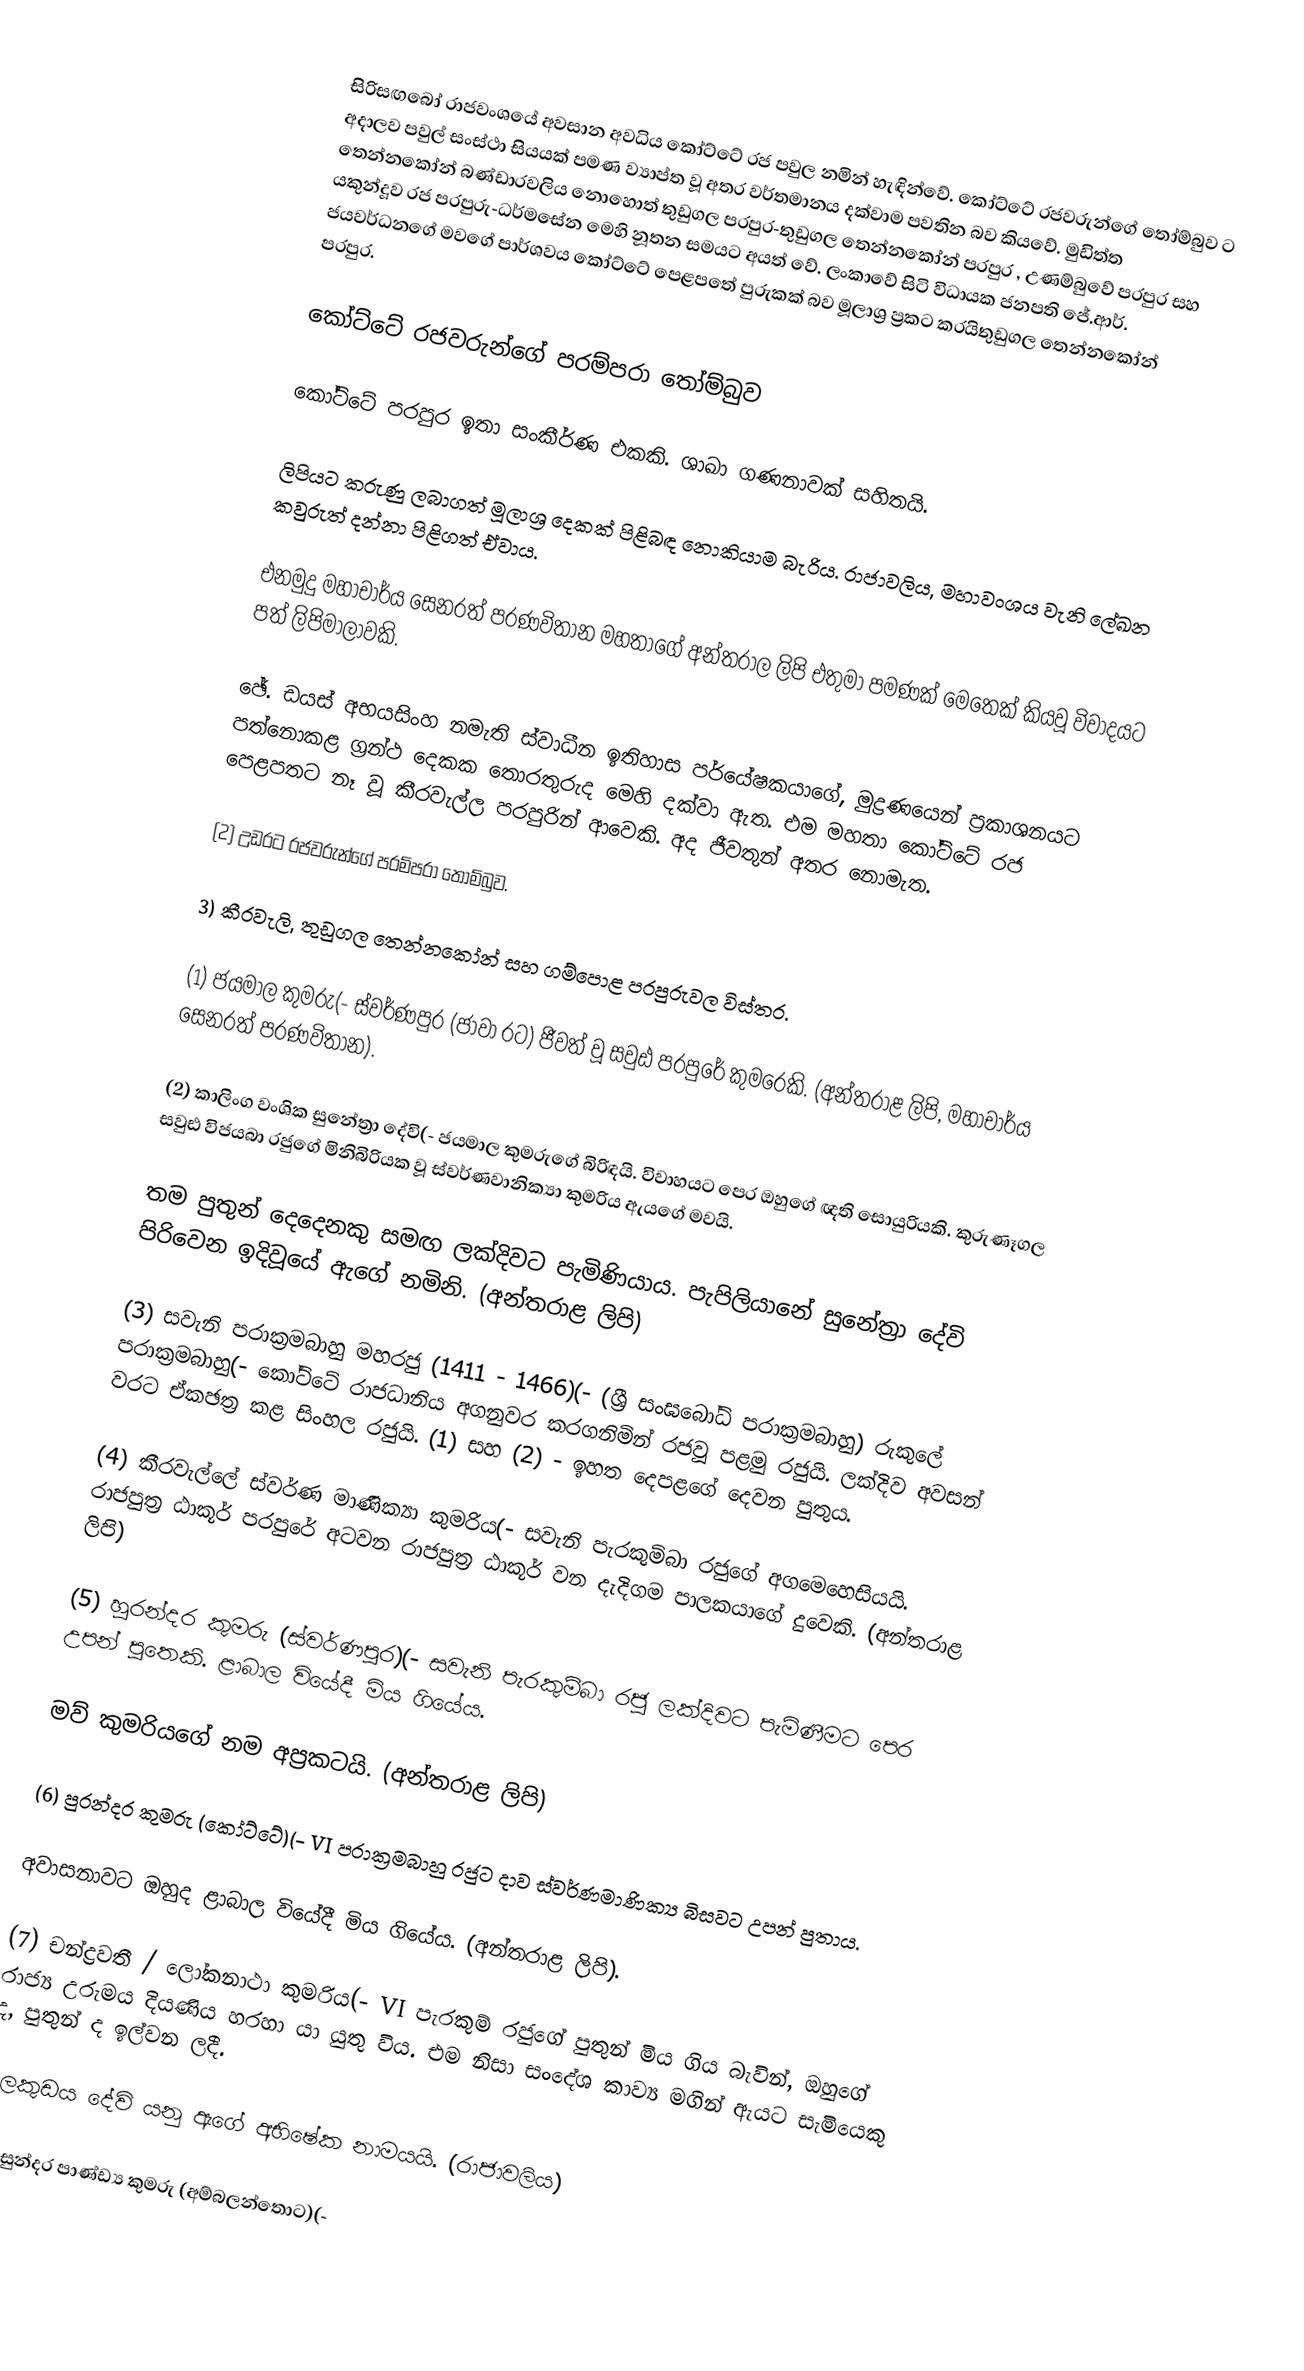
සිරිසඟබෝ රාජවංශයේ අවසාන අවධිය කෝට්ටේ රජ පවුල නමින් හැඳින්වේ. කෝට්ටේ රජවරුන්ගේ තෝම්බුව ට අදාලව පවුල් සංස්ථා සියයක් පමණ ව්‍යාප්ත වූ අතර වර්තමානය දක්වාම පවතින බව කියවේ. මුඩිත්ත තෙන්නකෝන් බණ්ඩාරවලිය නොහොත් තුඩුගල පරපුර-තුඩුගල තෙන්නකෝන් පරපුර , උණම්බුවේ පරපුර සහ යකුන්දූව රජ පරපුරු-ධර්මසේන  මෙහි නූතන සමයට අයත් වේ. ලංකාවේ සිටි විධායක ජනපති ජේ.ආර්. ජයවර්ධනගේ මවගේ පාර්ශවය කෝට්ටේ පෙළපතේ පුරුකක් බව මූලාශ්‍ර ප්‍රකට කරයිතුඩුගල තෙන්නකෝන් පරපුර.

කෝට්‌ටේ රජවරුන්ගේ පරම්පරා තෝම්බුව

කෝට්‌ටේ පරපුර ඉතා සංකීර්ණ එකකි. ශාඛා ගණනාවක්‌ සහිතයි.

ලිපියට කරුණු ලබාගත් මූලාශ්‍ර දෙකක්‌ පිළිබඳ නොකියාම බැරිය. රාජාවලිය, මහාවංශය වැනි ලේඛන කවුරුත් දන්නා පිළිගත් ඒවාය.

එනමුදු මහාචාර්ය සෙනරත් පරණවිතාන මහතාගේ අන්තරාල ලිපි එතුමා පමණක්‌ මෙතෙක්‌ කියවූ විවාදයට පත් ලිපිමාලාවකි.

ඡේ. ඩයස්‌ අභයසිංහ නමැති ස්‌වාධීන ඉතිහාස පර්යේෂකයාගේ, මුද්‍රණයෙන් ප්‍රකාශනයට පත්නොකළ ග්‍රන්ථ දෙකක තොරතුරුද මෙහි දක්‌වා ඇත. එම මහතා කෝට්‌ටේ රජ පෙළපතට නෑ වූ කීරවැල්ල පරපුරින් ආවෙකි. අද ජීවතුන් අතර නොමැත.

(2) උඩරට රජවරුන්ගේ පරම්පරා තෝම්බුව.

3) කීරවැලි, තුඩුගල තෙන්නකෝන් සහ ගම්පොළ පරපුරුවල විස්‌තර.

(1) ජයමාල කුමරු(- ස්‌වර්ණපුර (ජාවා රට) ජීවත් වූ සවුඪ පරපුරේ කුමරෙකි. (අන්තරාළ ලිපි, මහාචාර්ය සෙනරත් පරණවිතාන).

(2) කාලිංග වංශික සුනේත්‍රා දේවි(- ජයමාල කුමරුගේ බිරිඳයි. විවාහයට පෙර ඔහුගේ ඥති සොයුරියකි. කුරුණෑගල සවුඪ විජයබා රජුගේ මිනිබිරියක වූ ස්‌වර්ණවානික්‍යා කුමරිය ඇයගේ මවයි.

තම පුතුන් දෙදෙනකු සමඟ ලක්‌දිවට පැමිණියාය. පැපිලියානේ සුනේත්‍රා දේවි පිරිවෙන ඉදිවූයේ ඇගේ නමිනි. (අන්තරාළ ලිපි)

(3) සවැනි පරාක්‍රමබාහු මහරජු (1411 - 1466)(- (ශ්‍රී සංඝබෝධි පරාක්‍රමබාහු) රුකුලේ පරාක්‍රමබාහු(- කෝට්‌ටේ රාජධානිය අගනුවර කරගනිමින් රජවූ පළමු රජුයි. ලක්‌දිව අවසන් වරට ඒකඡත්‍ර කළ සිංහල රජුයි. (1) සහ (2) - ඉහත දෙපළගේ දෙවන පුතුය.

(4) කීරවැල්ලේ ස්‌වර්ණ මාණික්‍යා කුමරිය(- සවැනි පැරකුම්බා රජුගේ අගමෙහෙසියයි. රාජපුත්‍ර ඨාකූර් පරපුරේ අටවන රාජපුත්‍ර ඨාකූර් වන දැදිගම පාලකයාගේ දුවෙකි. (අන්තරාළ ලිපි)

(5) හුරන්දර කුමරු (ස්‌වර්ණපුර)(- සවැනි පැරකුම්බා රජු ලක්‌දිවට පැමිණීමට පෙර උපන් පුතෙකි. ළාබාල වියේදී මිය ගියේය.

මව් කුමරියගේ නම අප්‍රකටයි. (අන්තරාළ ලිපි)

(6) පුරන්දර කුමරු (කෝට්‌ටේ)(- VI පරාක්‍රමබාහු රජුට දාව ස්‌වර්ණමාණික්‍ය බිසවට උපන් පුතාය.

අවාසනාවට ඔහුද ළාබාල වියේදී මිය ගියේය. (අන්තරාළ ලිපි).

(7) චන්ද්‍රවතී / ලෝකනාථා කුමරිය(- VI පැරකුම් රජුගේ පුතුන් මිය ගිය බැවින්, ඔහුගේ රාජ්‍ය උරුමය දියණිය හරහා යා යුතු විය. එම නිසා සංදේශ කාව්‍ය මගින් ඇයට සැමියෙකු ද, පුතුන් ද ඉල්වන ලදී.

උලකුඩය දේවි යනු ඇගේ අභිෂේක නාමයයි. (රාජාවලිය)

(8) සුන්දර පාණ්‌ඩ්‍ය කුමරු (අම්බලන්තොට)(-